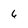
Character: 6